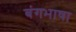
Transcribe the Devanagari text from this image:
बंगभाषा